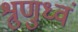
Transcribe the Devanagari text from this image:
श्रुणुध्वं